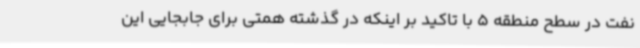
نفت در سطح منطقه 5 با تاکید بر اینکه در گذشته همتی برای جابجایی این